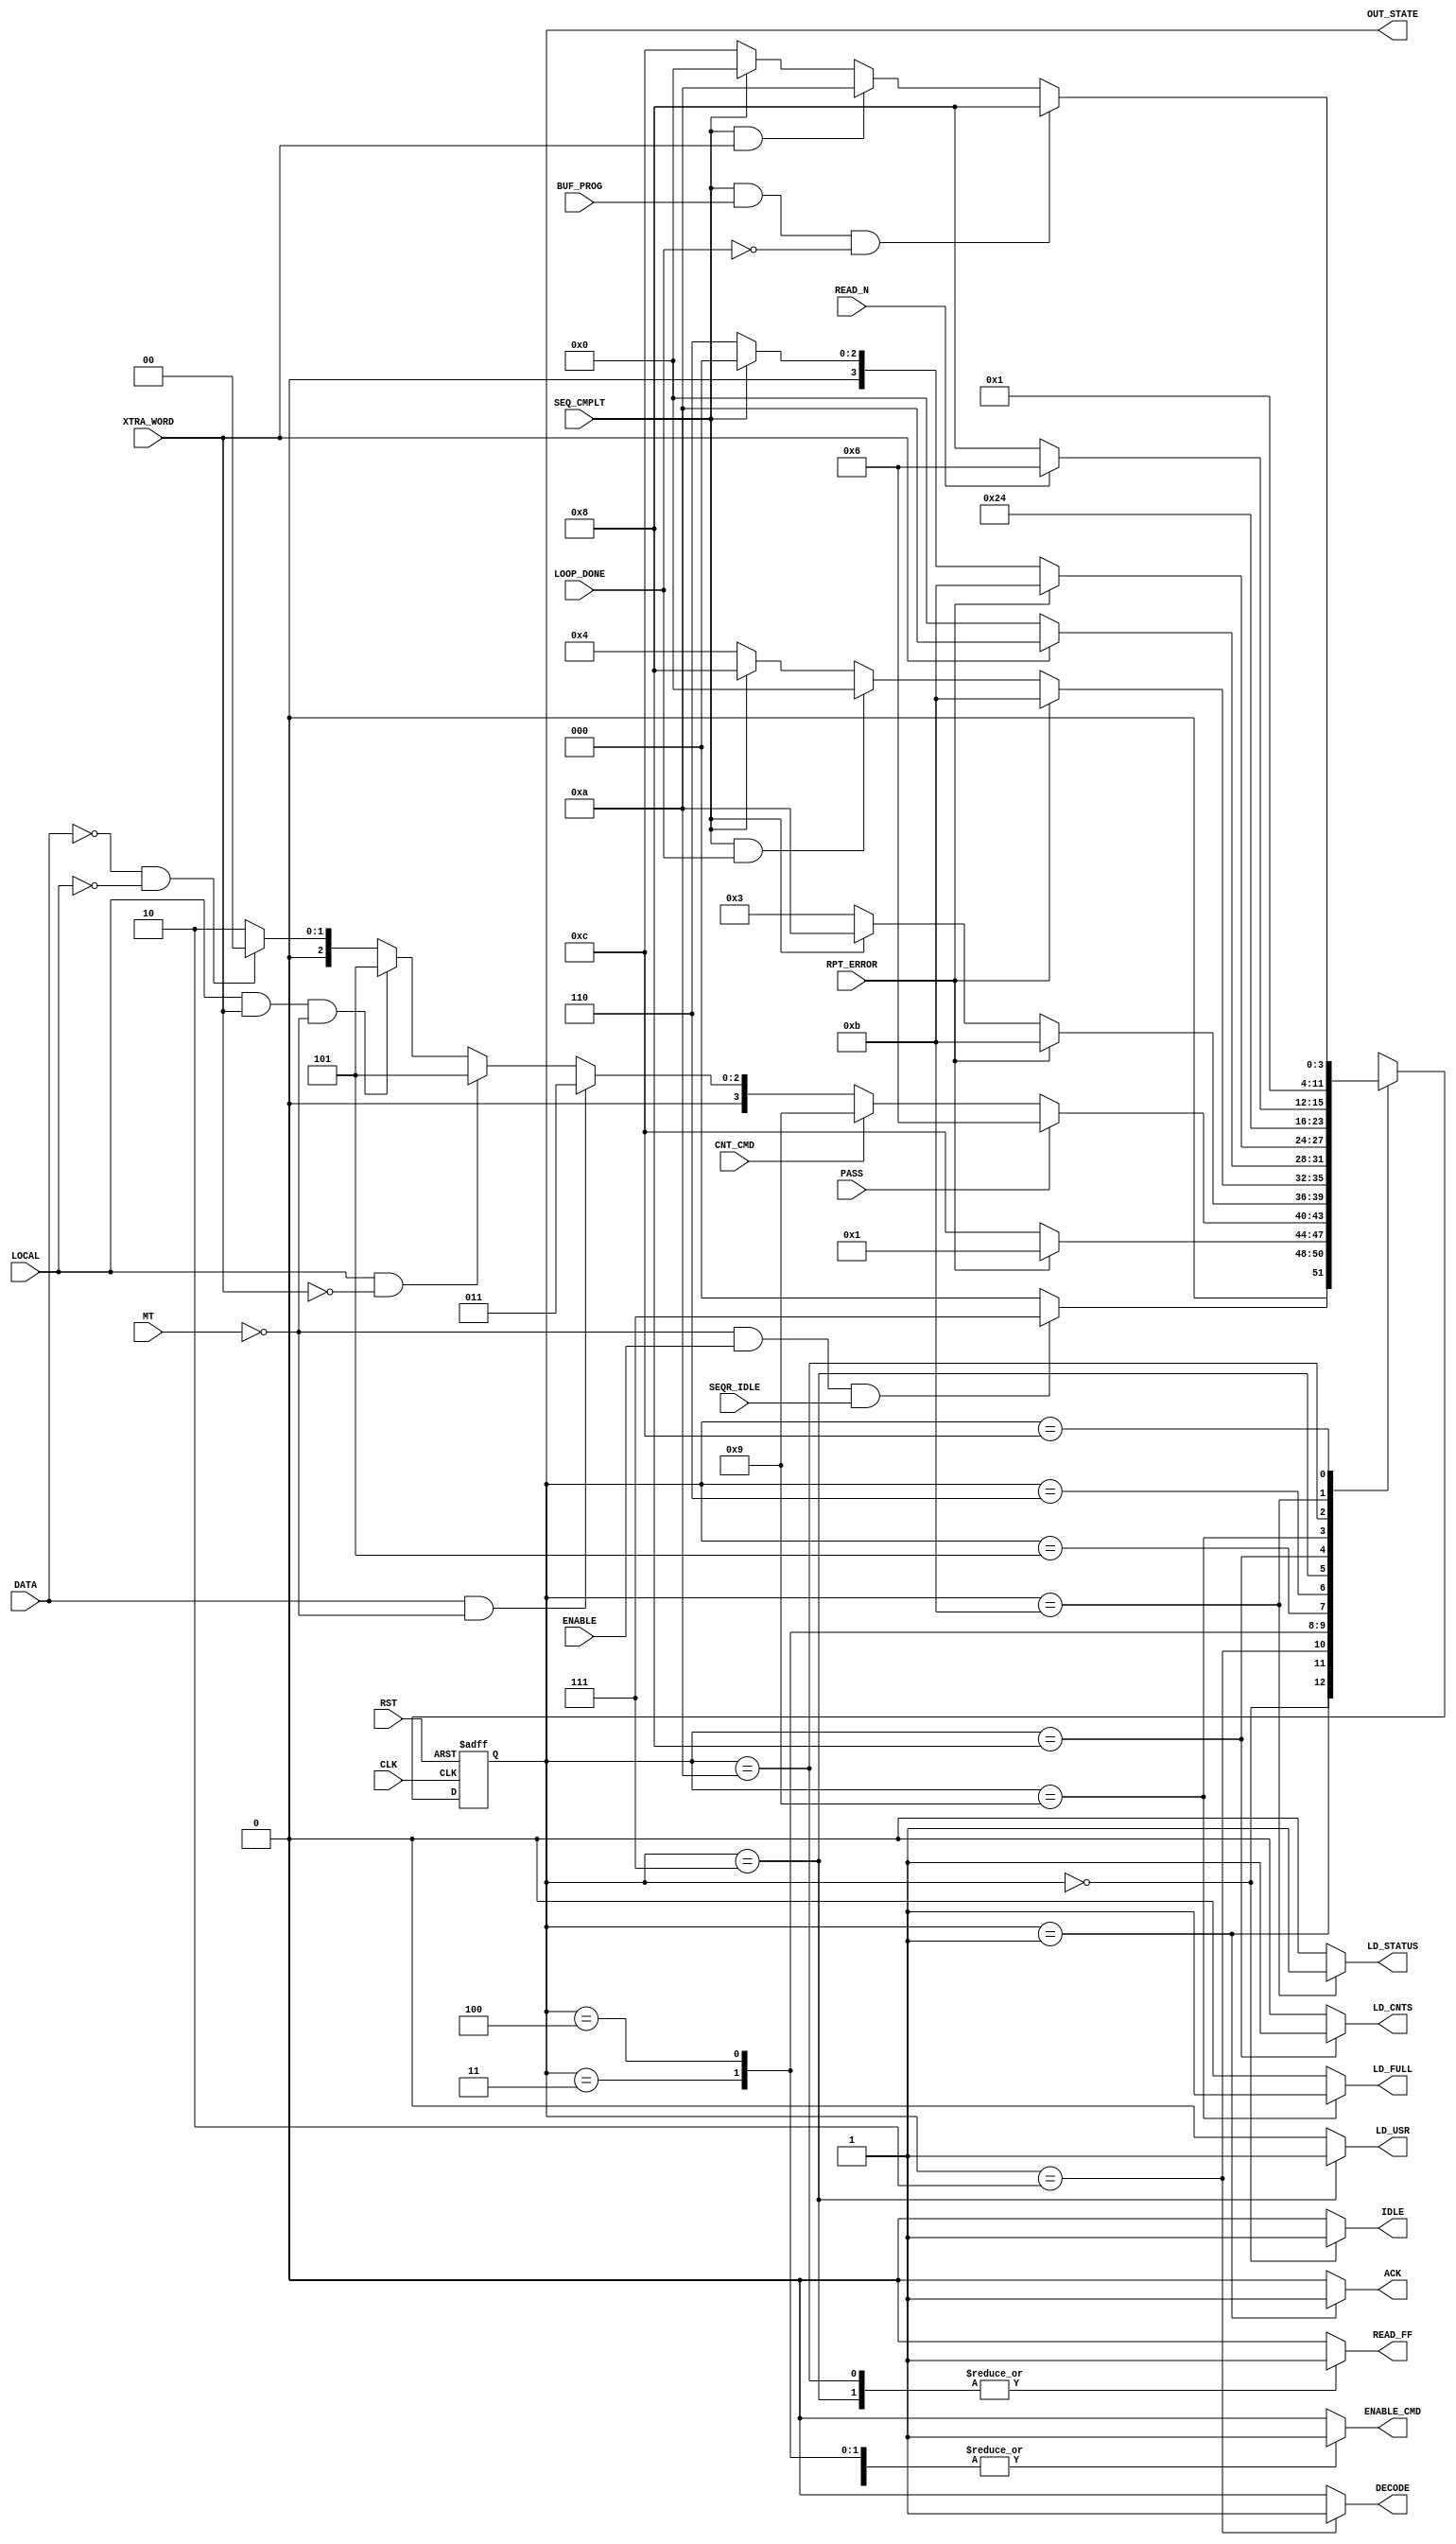

// Created by fizzim.pl version 4.41 on 2013:01:30 at 11:47:11 (www.fizzim.com)

module BPI_cmd_parser_FSM (
  output reg ACK,
  output reg DECODE,
  output reg ENABLE_CMD,
  output reg IDLE,
  output reg LD_CNTS,
  output reg LD_FULL,
  output reg LD_STATUS,
  output reg LD_USR,
  output reg READ_FF,
  output wire [3:0] OUT_STATE,
  input BUF_PROG,
  input CLK,
  input CNT_CMD,
  input DATA,
  input ENABLE,
  input LOCAL,
  input LOOP_DONE,
  input MT,
  input PASS,
  input READ_N,
  input RPT_ERROR,
  input RST,
  input SEQR_IDLE,
  input SEQ_CMPLT,
  input XTRA_WORD 
);
  
  // state bits
  parameter 
  Idle          = 4'b0000, 
  Ack           = 4'b0001, 
  Dcd_n_Ld      = 4'b0010, 
  Exec_1Data    = 4'b0011, 
  Exec_Buf32    = 4'b0100, 
  Exec_Local    = 4'b0101, 
  Exec_Pass     = 4'b0110, 
  Load_Cmd      = 4'b0111, 
  Load_Cnts     = 4'b1000, 
  Load_Full     = 4'b1001, 
  Read_FF       = 4'b1010, 
  Update_Status = 4'b1011, 
  Wait4Seq      = 4'b1100; 
  
  reg [3:0] state;
  assign OUT_STATE = state;
  reg [3:0] nextstate;
  
  // comb always block
  always @* begin
    nextstate = 4'bxxxx; // default to x because default_state_is_x is set
    ACK = 0; // default
    DECODE = 0; // default
    ENABLE_CMD = 0; // default
    IDLE = 0; // default
    LD_CNTS = 0; // default
    LD_FULL = 0; // default
    LD_STATUS = 0; // default
    LD_USR = 0; // default
    READ_FF = 0; // default
    case (state)
      Idle         : begin
                                                                    IDLE = 1;
        if                   (!MT && ENABLE && SEQR_IDLE)           nextstate = Load_Cmd;
        else                                                        nextstate = Idle;
      end
      Ack          : begin
                                                                    ACK = 1;
        if                   (!RPT_ERROR)                           nextstate = Wait4Seq;
        else                                                        nextstate = Ack;
      end
      Dcd_n_Ld     : begin
                                                                    DECODE = 1;
        if                   (PASS)                                 nextstate = Exec_Pass;
        else if              (CNT_CMD)                              nextstate = Load_Full;
        else if              (DATA && !MT)                          nextstate = Exec_1Data;
        else if              (LOCAL && !XTRA_WORD)                  nextstate = Exec_Local;
        else if              (LOCAL && XTRA_WORD && !MT)            nextstate = Exec_Local;
        else if              (!DATA && !LOCAL)                      nextstate = Idle;
        else                                                        nextstate = Dcd_n_Ld;
      end
      Exec_1Data   : begin
                                                                    ENABLE_CMD = 1;
        if                   (RPT_ERROR)                            nextstate = Update_Status;
        else if              (SEQ_CMPLT)                            nextstate = Read_FF;
        else                                                        nextstate = Exec_1Data;
      end
      Exec_Buf32   : begin
                                                                    ENABLE_CMD = 1;
        if                   (RPT_ERROR)                            nextstate = Update_Status;
        else if              (SEQ_CMPLT && LOOP_DONE)               nextstate = Idle;
        else if              (SEQ_CMPLT)                            nextstate = Load_Cnts;
        else                                                        nextstate = Exec_Buf32;
      end
      Exec_Local   : begin
                                                                    ENABLE_CMD = 1;
        if                   (XTRA_WORD)                            nextstate = Read_FF;
        else                                                        nextstate = Idle;
      end
      Exec_Pass    : begin
                                                                    ENABLE_CMD = 1;
        if                   (RPT_ERROR)                            nextstate = Update_Status;
        else if              (SEQ_CMPLT)                            nextstate = Idle;
        else                                                        nextstate = Exec_Pass;
      end
      Load_Cmd     : begin
                                                                    LD_USR = 1;
                                                                    READ_FF = 1;
                                                                    nextstate = Dcd_n_Ld;
      end
      Load_Cnts    : begin
                                                                    LD_CNTS = 1;
                                                                    nextstate = Exec_Buf32;
      end
      Load_Full    : begin
                                                                    LD_FULL = 1;
        if                   (READ_N)                               nextstate = Exec_Pass;
        else                                                        nextstate = Load_Cnts;
      end
      Read_FF      : begin
                                                                    READ_FF = 1;
                                                                    nextstate = Idle;
      end
      Update_Status: begin
                                                                    LD_STATUS = 1;
                                                                    nextstate = Ack;
      end
      Wait4Seq     : if      (SEQ_CMPLT && BUF_PROG && !LOOP_DONE)  nextstate = Load_Cnts;
                     else if (SEQ_CMPLT && XTRA_WORD)               nextstate = Read_FF;
                     else if (SEQ_CMPLT)                            nextstate = Idle;
                     else                                           nextstate = Wait4Seq;
    endcase
  end
  
  // Assign reg'd outputs to state bits
  
  // sequential always block
  always @(posedge CLK or posedge RST) begin
    if (RST)
      state <= Idle;
    else
      state <= nextstate;
  end
  
  // This code allows you to see state names in simulation
  `ifndef SYNTHESIS
  reg [103:0] statename;
  always @* begin
    case (state)
      Idle         : statename = "Idle";
      Ack          : statename = "Ack";
      Dcd_n_Ld     : statename = "Dcd_n_Ld";
      Exec_1Data   : statename = "Exec_1Data";
      Exec_Buf32   : statename = "Exec_Buf32";
      Exec_Local   : statename = "Exec_Local";
      Exec_Pass    : statename = "Exec_Pass";
      Load_Cmd     : statename = "Load_Cmd";
      Load_Cnts    : statename = "Load_Cnts";
      Load_Full    : statename = "Load_Full";
      Read_FF      : statename = "Read_FF";
      Update_Status: statename = "Update_Status";
      Wait4Seq     : statename = "Wait4Seq";
      default      : statename = "XXXXXXXXXXXXX";
    endcase
  end
  `endif

endmodule